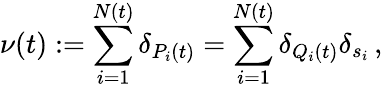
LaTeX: \nu(t):=\sum_{i=1}^{N(t)}\delta_{P_{i}(t)}=\sum_{i=1}^{N(t)}\delta_{Q_{i}(t)}\delta_{s_{i}}\, ,